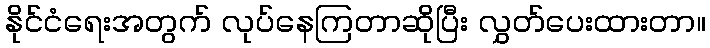
နိုင်ငံရေးအတွက် လုပ်နေကြတာဆိုပြီး လွှတ်ပေးထားတာ။